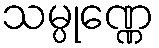
သမ္ပုဏ္ဏေ